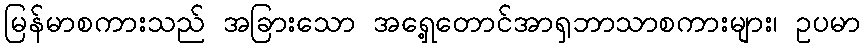
မြန်မာစကားသည် အခြားသော အရှေ့တောင်အာရှဘာသာစကားများ၊ ဥပမာ